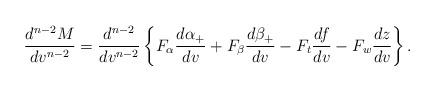
LaTeX: \begin{align*} \frac{d^{n-2}M}{dv^{n-2}}=\frac{d^{n-2}}{dv^{n-2}}\left\{F_\alpha\frac{d\alpha_+}{dv}+F_\beta\frac{d\beta_+}{dv}-F_t\frac{df}{dv}-F_w\frac{dz}{dv}\right\}.\end{align*}